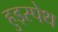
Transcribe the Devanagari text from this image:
हुड्स्पेथ